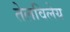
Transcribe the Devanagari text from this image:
तेलविलेय